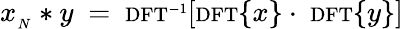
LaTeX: x_{_{N}}*y\ =\ \scriptstyle\mathrm{{DFT}}^{-1}\displaystyle\left[\scriptstyle\mathrm{{DFT}}\displaystyle\{ x\} \cdot\ \scriptstyle\mathrm{{DFT}}\displaystyle\{ y\} \right]